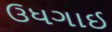
ઉધગાઈ